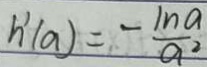
h ^ { \prime } ( a ) = - \frac { 1 n a } { a ^ { 2 } }